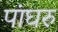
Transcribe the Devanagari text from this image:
पांघरु